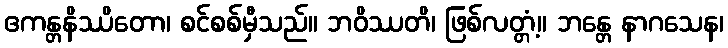
ဧကန္တနိဿိတော၊ စင်စစ်မှီသည်။ ဘဝိဿတိ၊ ဖြစ်လတ္တံ့။ ဘန္တေ နာဂသေန၊